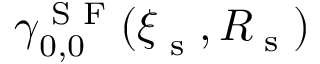
{ \boldsymbol \gamma } _ { 0 , 0 } ^ { \textup { S F } } ( { \boldsymbol \xi } _ { \textup { s } } , R _ { \textup { s } } )